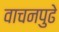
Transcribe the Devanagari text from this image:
वाचनपुढे